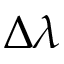
\Delta \lambda